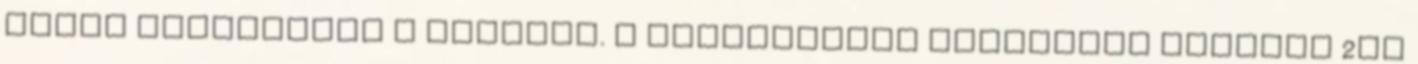
tudja túlhajtani a ledeket. A feszültsége nagyjából passzol 2db